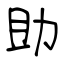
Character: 助